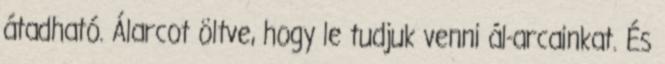
átadható. Álarcot öltve, hogy le tudjuk venni ál-arcainkat. És